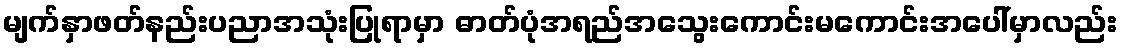
မျက်နှာဖတ်နည်းပညာအသုံးပြုရာမှာ ဓာတ်ပုံအရည်အသွေးကောင်းမကောင်းအပေါ်မှာလည်း